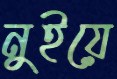
নুইয়ে